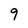
Character: 9